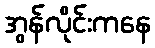
အွန်လိုင်းကနေ